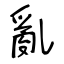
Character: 亂